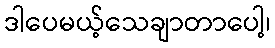
ဒါပေမယ့်သေချာတာပေါ့၊